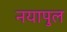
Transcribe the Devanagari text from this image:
नयापुल